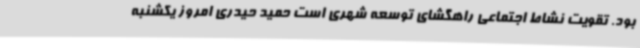
بود. تقویت نشاط اجتماعی راهگشای توسعه شهری است حمید حیدری امروز یکشنبه